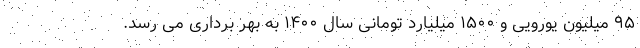
۹۵ میلیون یورویی و ۱۵۰۰ میلیارد تومانی سال ۱۴۰۰ به بهر برداری می رسد.